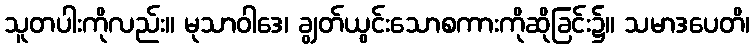
သူတပါးကိုလည်း။ မုသာဝါဒေ၊ ချွတ်ယွင်းသောစကားကိုဆိုခြင်း၌။ သမာဒပေတိ၊